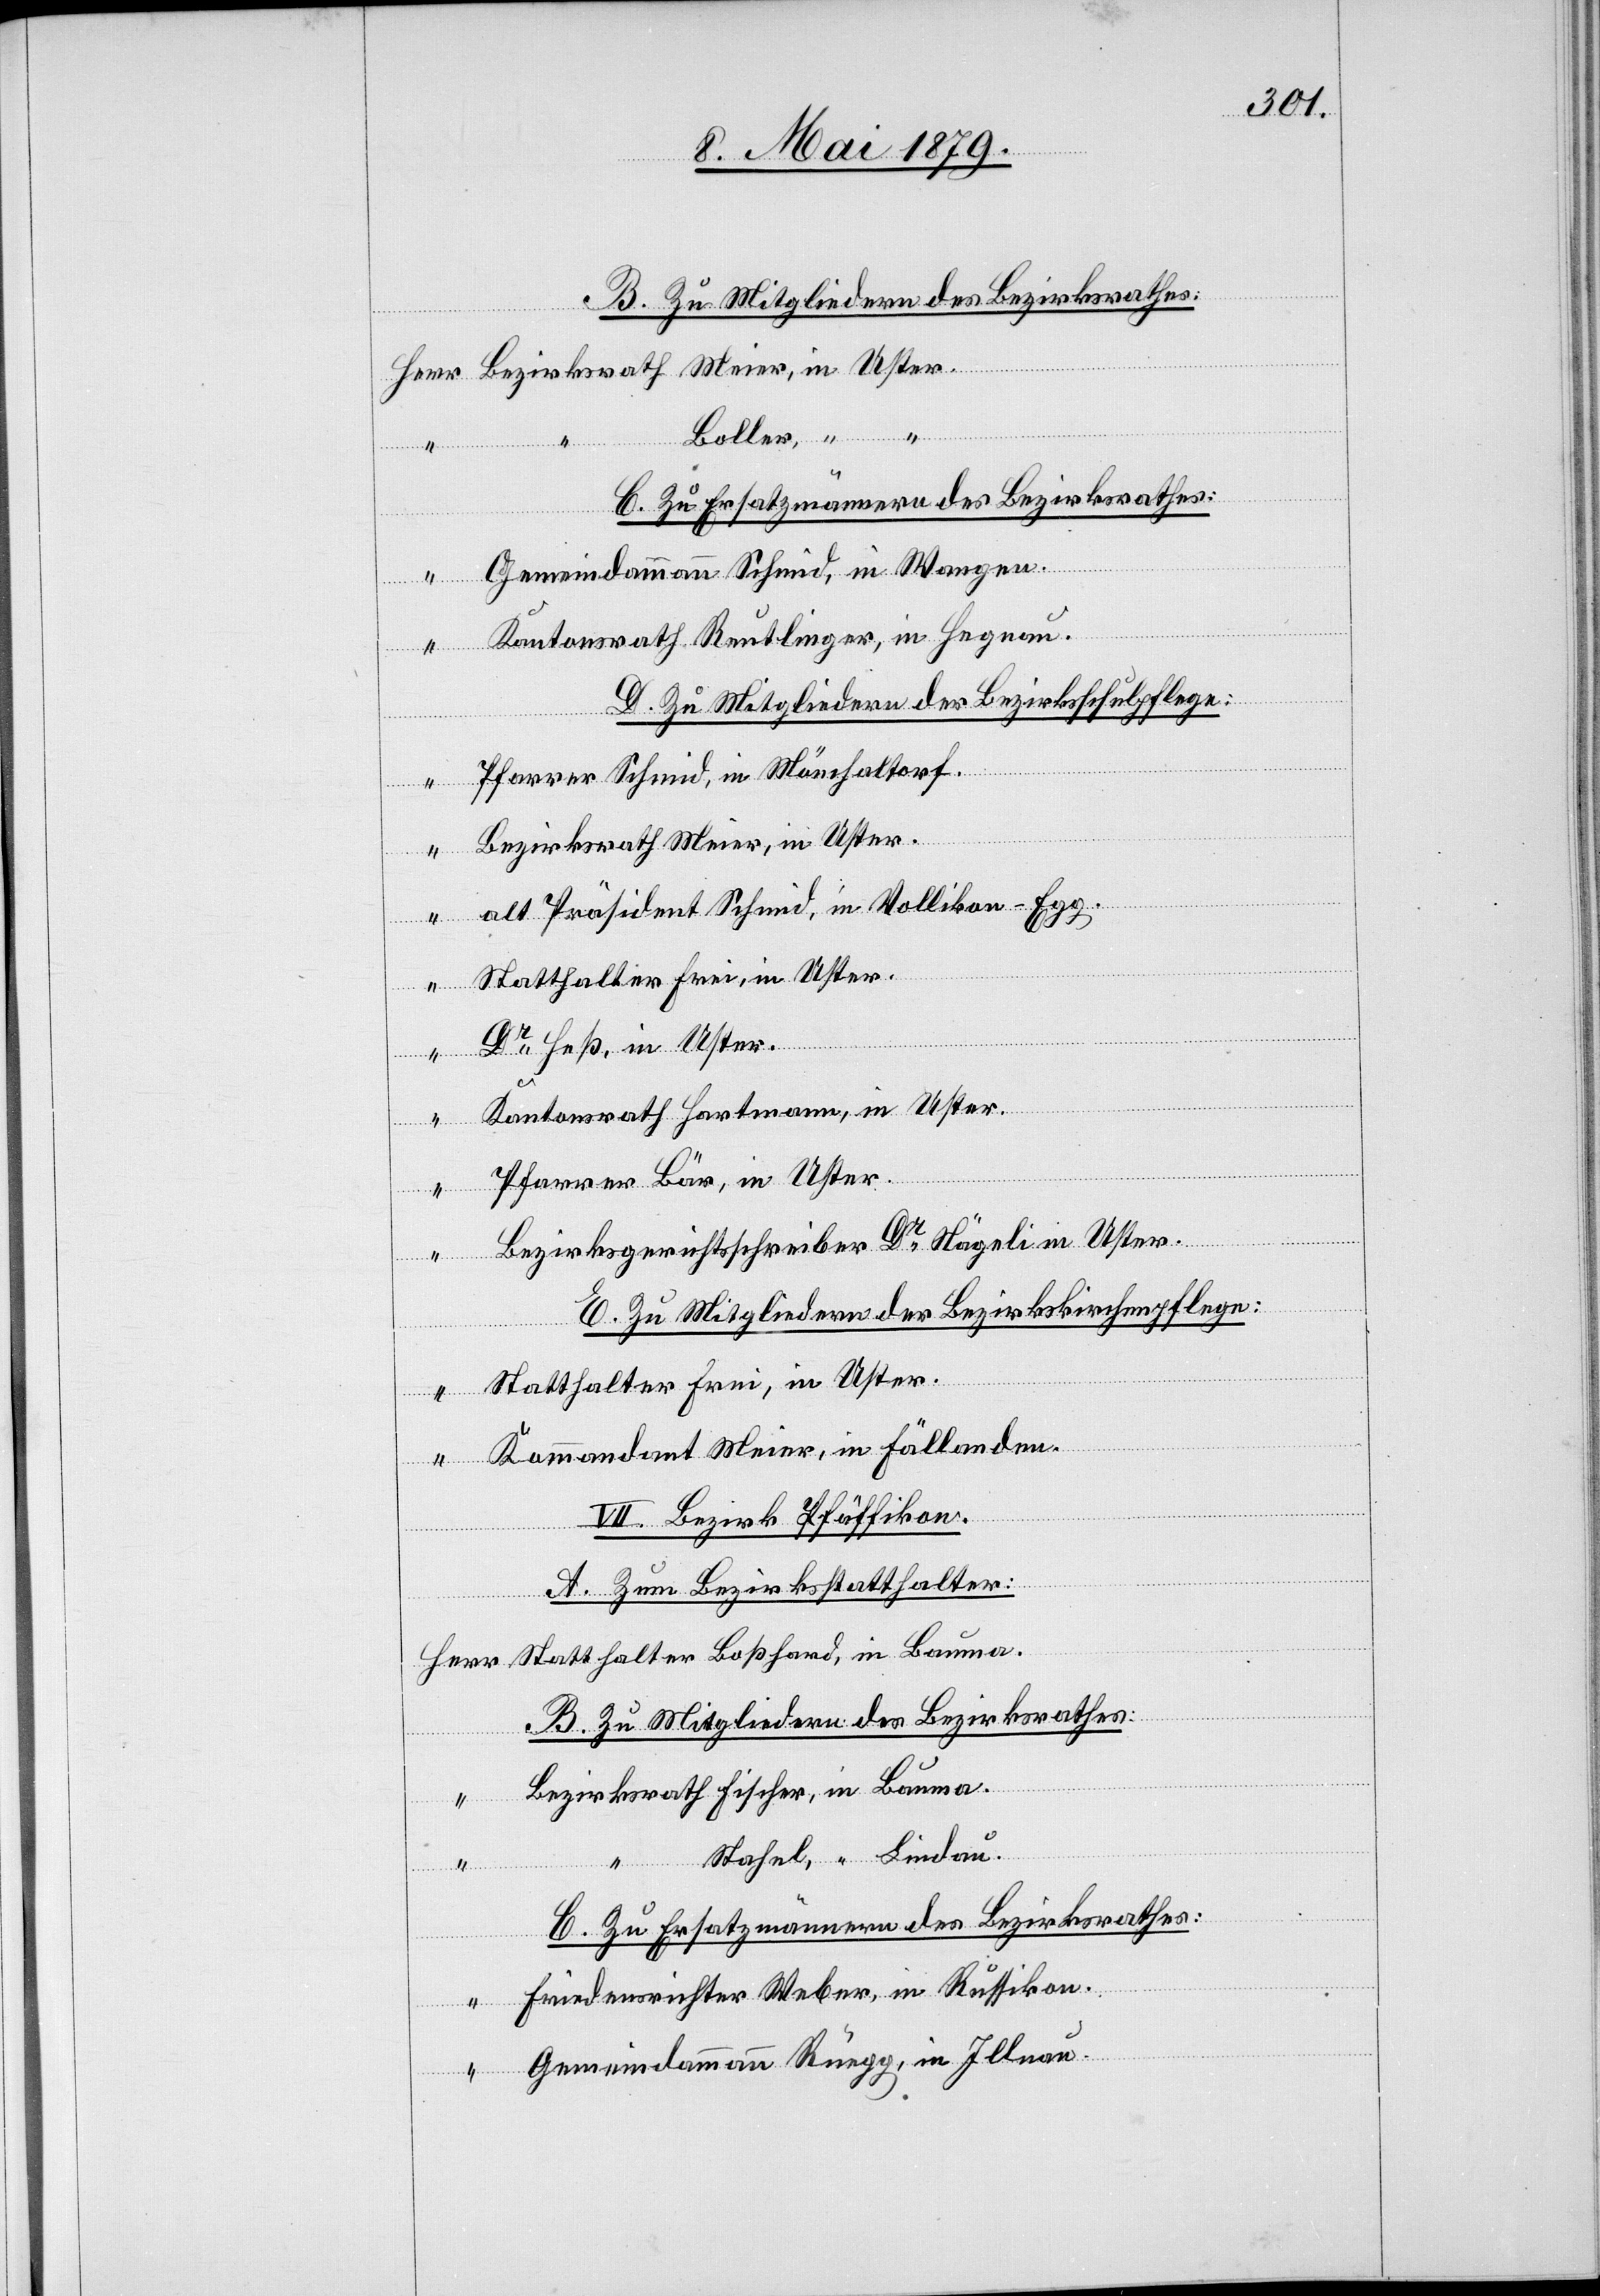
B. Zu Mitgliedern des Bezirksrathes:
Boller, “
“
C. Zu Ersatzmännern des Bezirksrathes:
Gemeindammann Schmid, in Wangen.
Kantonsrath Reutlinger, in Hegnau.
D. Zu Mitgliedern der Bezirksschulpflege:
Pfarrer Schmid, in Mönchaltorf.
Bezirksrath Meier, in Uster.
alt Präsident Schmid, in Vollikon - Egg.
Dr Heß, in Uster.
Kantonsrath Hartmann, in Uster.
Pfarrer Bär, in Uster.
Bezirksgerichtsschreiber Dr Nägeli in Uster.
E. Zu Mitgliedern der Bezirkskirchenpflege:
Statthalter Frei, in Uster.
“
Kommandant Meier, in Fällanden.
VII. Bezirk Pfäffikon.
A. Zum Bezirksstatthalter:
Herr
Statthalter Boßhard, in Bauma.
B. Zu Mitgliedern des Bezirksrathes:
Bezirksrath Fischer, in Bauma.
Stahel, “ Lindau.
Friedensrichter Weber, in Russikon.
“
Gemeindammann Rüegg, in Illnau.